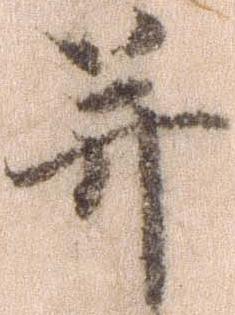
并